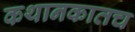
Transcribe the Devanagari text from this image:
कथानकातच